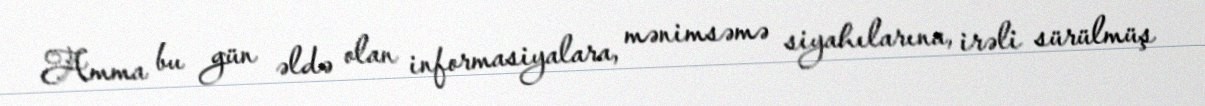
Amma bu gün əldə olan informasiyalara, mənimsəmə siyahılarına, irəli sürülmüş